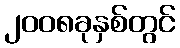
၂၀၀၈ခုနှစ်တွင်